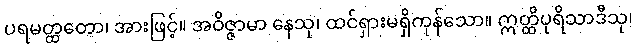
ပရမတ္ထတော၊ အားဖြင့်။ အဝိဇ္ဇာမာ နေသု၊ ထင်ရှားမရှိကုန်သော။ ဣတ္ထိပုရိသာဒီသု၊